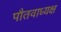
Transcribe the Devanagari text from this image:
पौतवाध्यक्ष